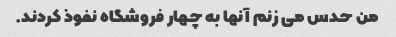
من حدس می زنم آنها به چهار فروشگاه نفوذ کردند.